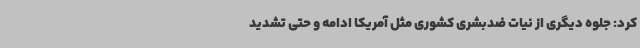
کرد: جلوه دیگری از نیات ضدبشری کشوری مثل آمریکا ادامه و حتی تشدید